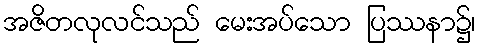
အဇိတလုလင်သည် မေးအပ်သော ပြဿနာ၌၊